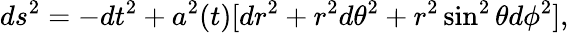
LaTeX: ds^{2}=-dt^{2}+a^{2}(t)[dr^{2}+r^{2}d\theta^{2}+r^{2}\sin^{2}\theta d\phi^{2}],